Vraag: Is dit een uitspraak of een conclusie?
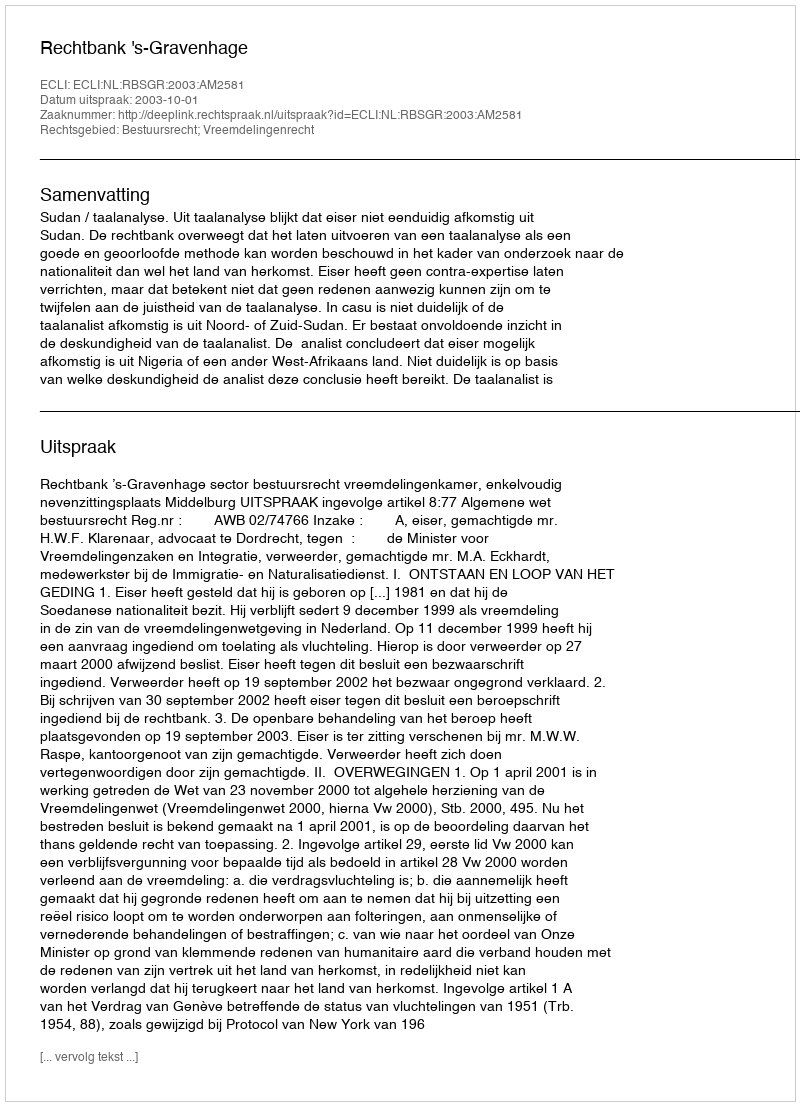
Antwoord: Uitspraak